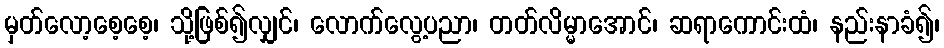
မှတ်လော့စေ့စေ့၊ သို့ဖြစ်၍လျှင်၊ လောက်လွေ့ပညာ၊ တတ်လိမ္မာအောင်၊ ဆရာကောင်းထံ၊ နည်းနာခံ၍၊